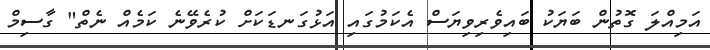
އަމިއްލަ ގޮތުން ބަޔަކު ބައިވެރިވިޔަސް އެކަމުގައި އަޅުގަނޑަކަށް ކުރެވޭނެ ކަމެއް ނެތް" ގާސިމް